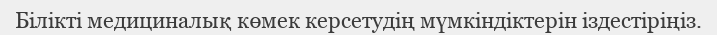
Білікті медициналық көмек керсетудің мүмкіндіктерін іздестіріңіз.